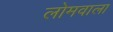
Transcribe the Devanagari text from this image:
लोमवाला